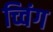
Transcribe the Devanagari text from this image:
च्विंग